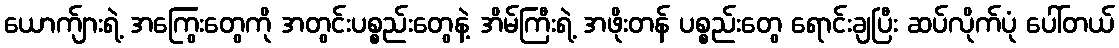
ယောက်ျားရဲ့ အကြွေးတွေကို အတွင်းပစ္စည်းတွေနဲ့ အိမ်ကြီးရဲ့ အဖိုးတန် ပစ္စည်းတွေ ရောင်းချပြီး ဆပ်လိုက်ပုံ ပေါ်တယ်